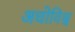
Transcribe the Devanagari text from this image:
अधोविश्व